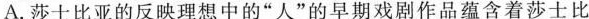
A.莎士比亚的反映理想中的”人”的早期戏剧作品蕴含着莎士比